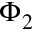
\Phi _ { 2 }